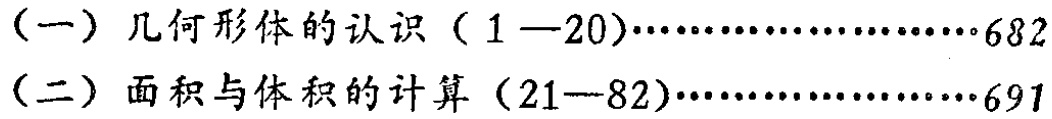
（一）几何形体的认识（1—20）…………………682

（二）面积与体积的计算（21—82）…………………691